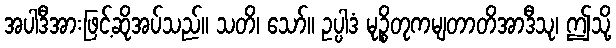
အပါဒီအားဖြင့်ဆိုအပ်သည်။ သတိ၊ သော်။ ဥပ္ပါဒံ မုဉ္စိတုကမျတာတိအာဒီသု၊ ဤသို့